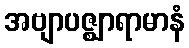
အဗျာပဇ္ဈာရာမာနံ